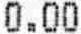
0.00